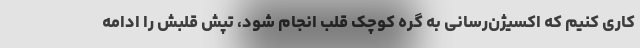
کاری کنیم که اکسیژن‌رسانی به گره کوچک قلب انجام شود، تپش قلبش را ادامه